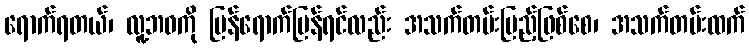
ရောက်ရတယ်၊ လူ့ဘဝကို ပြန်ရောက်ပြန်ရင်လည်း အသက်တမ်းပြည့်ဖြစ်စေ၊ အသက်တမ်းထက်